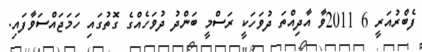
ފެބްރުއަރީ 6 2011ވާ އާދިއްތަ ދުވަހަކީ ރަސްމީ ބަންދު ދުވަހެއްގެ ގޮތުގައި ހަމަޖައްސަވާފައި.